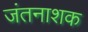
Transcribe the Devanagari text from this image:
जंतनाशक